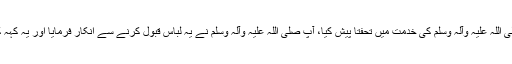
پھر واپس مدینہ منورہ آ کر وہ لباس رسول اللہ صلی اللہ علیہ وآلہ وسلم کی خدمت میں تحفتاً پیش کیا، آپ صلی اللہ علیہ وآلہ وسلم نے یہ لباس قبول کرنے سے انکار فرمایا اور یہ کہہ کر لوٹا دیا کہ ہم مشرک کا تحفہ قبول نہیں کرتے۔